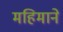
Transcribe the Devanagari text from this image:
महिमाने